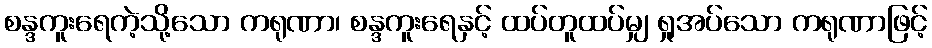
စန္ဒကူးရေကဲ့သို့သော ကရုဏာ၊ စန္ဒကူးရေနှင့် ထပ်တူထပ်မျှ ရှုအပ်သော ကရုဏာဖြင့်